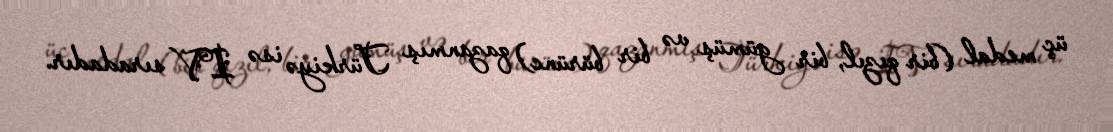
üç medal (bir qızıl, bir gümüş və bir bürünc) qazanmış Türkiyə isə IV sıradadır.